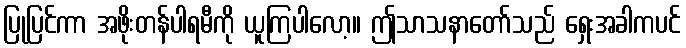
ပြုပြင်ကာ အဖိုးတန်ပါရမီကို ယူကြပါလော့။ ဤသာသနာတော်သည် ရှေးအခါကပင်